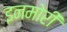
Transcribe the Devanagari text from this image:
इनमोरी